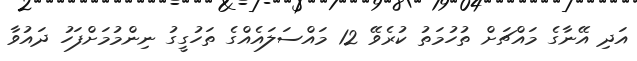
އަދި އޭނާގެ މައްޗަށް ތުހުމަތު ކުރެވޭ 12 މައްސަލައެއްގެ ތަހުގީގު ނިންމުމަށްފަހު ދައުވާ